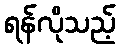
ရန်လိုသည့်